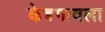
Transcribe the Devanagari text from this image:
केडगावला